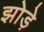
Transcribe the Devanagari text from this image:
झोड़े